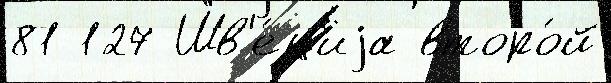
81 127 Шв'е́циjа второ́й